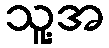
သူ့အ